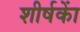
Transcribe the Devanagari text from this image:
शीर्षकाें